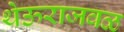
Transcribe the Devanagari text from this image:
थेऊराजवळ